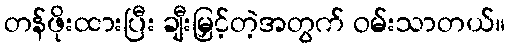
တန်ဖိုးထားပြီး ချီးမြှင့်တဲ့အတွက် ဝမ်းသာတယ်။